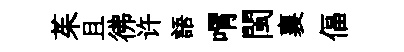
茱且彿许語喟閩襄偪